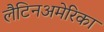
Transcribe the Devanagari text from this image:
लैटिनअमेरिका